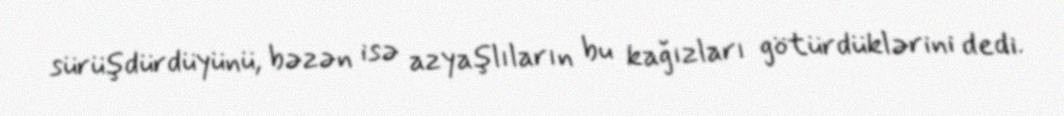
sürüşdürdüyünü, bəzən isə azyaşlıların bu kağızları götürdüklərini dedi.